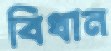
বিধান